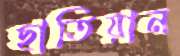
ছাতিয়ান